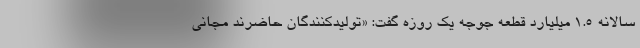
سالانه ۱.۵ میلیارد قطعه جوجه یک روزه گفت: «تولیدکنندگان حاضرند مجانی